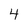
Character: 4